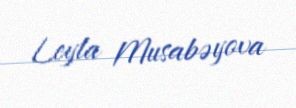
Leyla Musabəyova